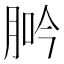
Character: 𦛽